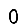
Digit: 0